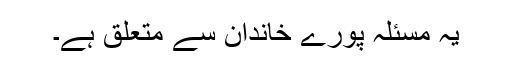
یہ مسئلہ پورے خاندان سے متعلق ہے۔